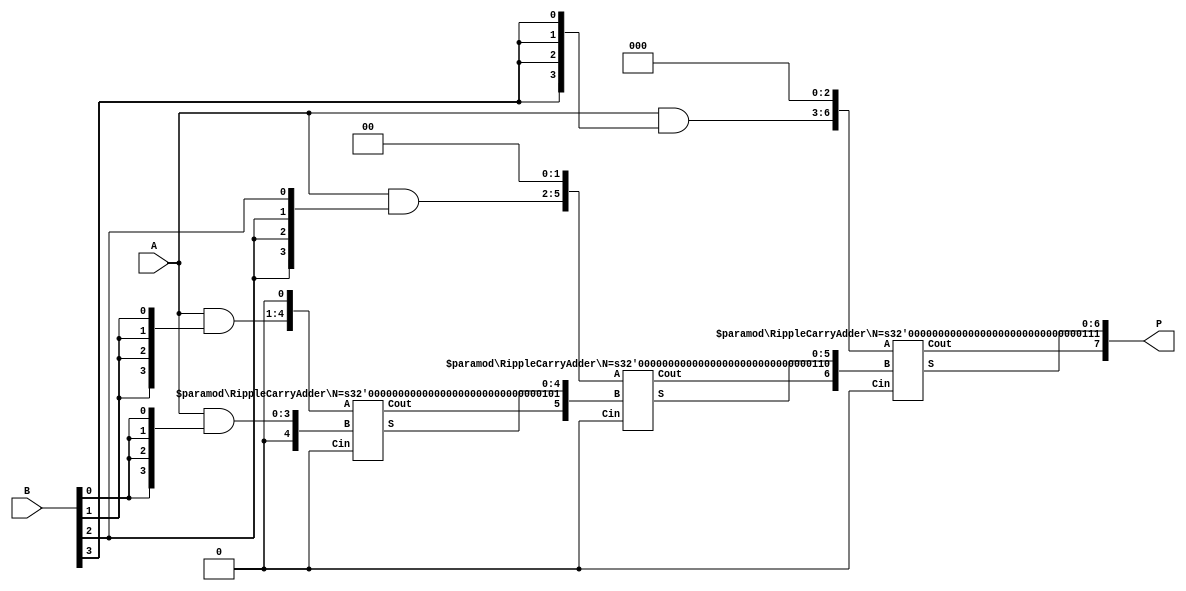

// Via http://www.edaplayground.com/s/6/591
// stackoverflow 20556634
// http://stackoverflow.com/questions/20556634/how-can-i-iteratively-create-buses-of-parameterized-size-to-connect-modules-also

// Code your design here
`define macro_args
`define indexed_part_select

module Multiplier_flat #(parameter M = 4, parameter N = 4)(
input [M-1:0] A, //Input A, size M
input [N-1:0] B, //Input B, size N
output [M+N-1:0] P );  //Output P (product), size M+N

/* Calculate LSB using Wolfram Alpha
 N==3 : http://www.wolframalpha.com/input/?i=0%2C+4%2C+9%2C+15%2C+...
 N==4 : http://www.wolframalpha.com/input/?i=0%2C+5%2C+11%2C+18%2C+26%2C+35%2C+...
 N==5 : http://www.wolframalpha.com/input/?i=0%2C+6%2C+13%2C+21%2C+30%2C+...
 */
`ifdef macro_args
// initial $display("Use Macro Args");
`define calc_pp_lsb(n) (((n)-1)*((n)+2*M)/2)
//`define calc_pp_msb(n) (`calc_pp_lsb(n+1)-1)
`define calc_pp_msb(n) ((n**2+(2*M+1)*n-2)/2)
//`define calc_range(n) `calc_pp_msb(n):`calc_pp_lsb(n)
`define calc_pp_range(n) `calc_pp_lsb(n) +: (M+n)

wire [`calc_pp_msb(N):0] PP;
assign PP[`calc_pp_range(1)] = { 1'b0 , { A & {M{B[0]}} } };
assign P = PP[`calc_pp_range(N)];
`elsif indexed_part_select
// initial $display("Use Indexed Part Select");
localparam MSB = (N**2+(2*M+1)*N-2)/2;
wire [MSB:0] PP;
assign PP[M:0] = { 1'b0 , { A & {M{B[0]}} } };
assign P = PP[MSB -: M+N];
`else
// initial $display("Use Worst Case");
localparam MSB = (N**2+(2*M+1)*N-2)/2;
wire [MSB:0] PP;
assign PP[M:0] = { 1'b0 , { A & {M{B[0]}} } };
assign P = PP[MSB : MSB+1-M-N];
`endif

genvar i;
generate
for (i=1; i < N; i=i+1)
begin: addPartialProduct
    wire [M+i-1:0] gA,gB,gS;
    wire Cout;
    assign gA = { A & {M{B[i]}} , {i{1'b0}} };
    `ifdef macro_args
    assign gB = PP[`calc_pp_range(i)];
    assign PP[`calc_pp_range(i+1)] = {Cout,gS};
    `elsif indexed_part_select
    assign gB = PP[(i-1)*(i+2*M)/2 +: M+i];
    assign PP[i*((i+1)+2*M)/2 +: M+i+1] = {Cout,gS};
    `else
    localparam LSB = (i-1)*(i+2*M)/2;
    localparam MSB = (i**2+(2*M+1)*i-2)/2;
    localparam MSB2 = ((i+1)**2+(2*M+1)*(i+1)-2)/2;
    assign gB = PP[MSB : LSB];
    assign PP[ MSB2 : MSB+1] = {Cout,gS};
    `endif
    RippleCarryAdder#(M+i) adder( .A(gA), .B(gB), .S(gS), .Cin (1'b0), .Cout(Cout) );
end
endgenerate

`ifdef macro_args
// Cleanup global space
`undef calc_pp_range
`undef calc_pp_msb
`undef calc_pp_lsb
`endif
endmodule

module Multiplier_2D #(parameter M = 4, parameter N = 4)(
input [M-1:0] A, //Input A, size M
input [N-1:0] B, //Input B, size N
output [M+N-1:0] P );  //Output P (product), size M+N

wire [M+N-1:0] PP [N-1:0];

// Note: bits PP[0][M+N-1:M+1] are never used. Unused bits are optimized out during synthesis
//assign PP[0][M:0] = { {1'b0} , { A & {M{B[0]}} } };
//assign PP[0][M+N-1:M+1] = {(N-1){1'b0}}; // uncomment to make probing readable
assign PP[0] = { {N{1'b0}} , { A & {M{B[0]}} } };
assign P = PP[N-1];

genvar i;
generate
for (i=1; i < N; i=i+1)
begin: addPartialProduct
    wire [M+i-1:0] gA,gB,gS; wire Cout;
    assign gA = { A & {M{B[i]}} , {i{1'b0}} };
    assign gB = PP[i-1][M+i-1:0];
    //assign PP[i][M+i:0] = {Cout,gS};
    //if (i+1<N) assign PP[i][M+N-1:M+i+1] = {(N-i){1'b0}}; // uncomment to make probing readable
    assign PP[i] = { {(N-i){1'b0}}, Cout, gS};
    RippleCarryAdder#(M+i) adder(
    	.A(gA), .B(gB), .S(gS), .Cin(1'b0), .Cout(Cout) );
end
endgenerate

//always@* foreach(S[i]) $display("S[%0d]:%b",i,S[i]);

endmodule

module RippleCarryAdder#(parameter N = 4)(A,B,Cin,S,Cout);

input [N-1:0] A;
input [N-1:0] B;
input Cin;
output [N-1:0] S;
output Cout;
wire [N:0] CC;

assign CC[0] = Cin;
assign Cout = CC[N];
genvar i;
generate
for (i=0; i < N; i=i+1)
begin: addbit
    FullAdder unit(A[i],B[i],CC[i],S[i],CC[i+1]);
end
endgenerate

endmodule

module FullAdder(input A,B,Cin, output wire S,Cout);
assign {Cout,S} = A+B+Cin;
endmodule